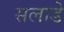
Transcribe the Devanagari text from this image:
सलाडे